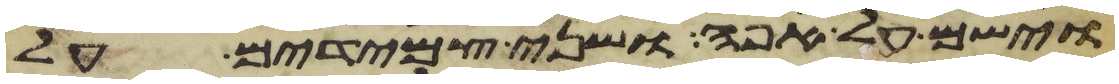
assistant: וישם על אפה ושני צמידים על